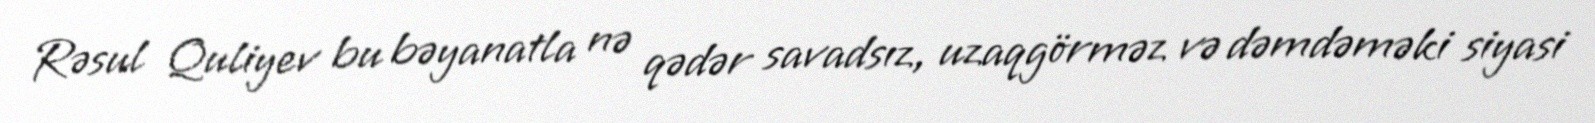
Rəsul Quliyev bu bəyanatla nə qədər savadsız, uzaqgörməz və dəmdəməki siyasi